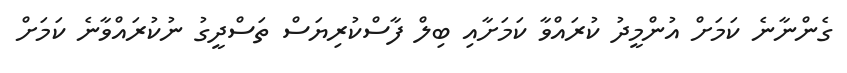
ގެންނާނެ ކަމަށް އުންމީދު ކުރައްވާ ކަމަށާއި ބިލް ފާސްކުރިޔަސް ތަސްދީގު ނުކުރައްވާނެ ކަމަށް